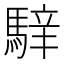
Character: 𩤑